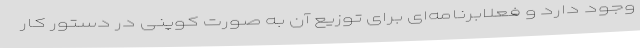
وجود دارد و فعلابرنامه‌ای برای توزیع آن به صورت کوپنی در دستور کار